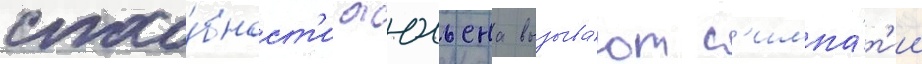
спосо́бност'и жюльена вызыва́ют с'импа́т'ии